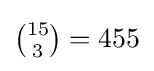
{\textstyle {15 \choose 3}=455}